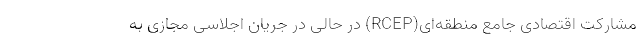
مشارکت اقتصادی جامع منطقه‌ای(RCEP) در حالی در جریان اجلاسی مجازی به